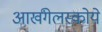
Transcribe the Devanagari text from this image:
आर्खंगेलस्कोये